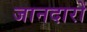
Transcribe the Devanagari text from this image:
जानदारों